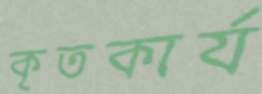
কৃতকার্য